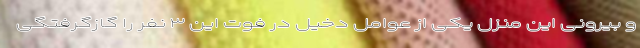
و بیرونی این منزل یکی از عوامل دخیل در فوت این ۳ نفر را گازگرفتگی